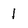
Character: 1